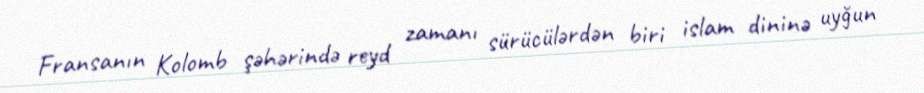
Fransanın Kolomb şəhərində reyd zamanı sürücülərdən biri islam dininə uyğun